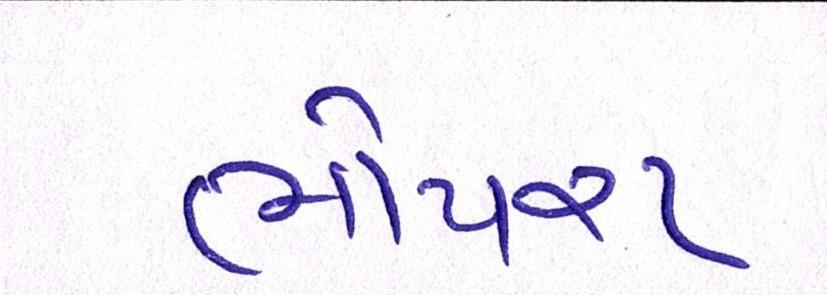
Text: ભોયરા